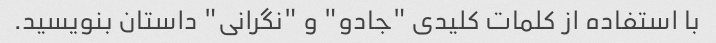
با استفاده از کلمات کلیدی "جادو" و "نگرانی" داستان بنویسید.